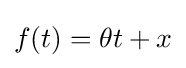
f(t)=\theta t+x